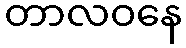
တာလဝနေ